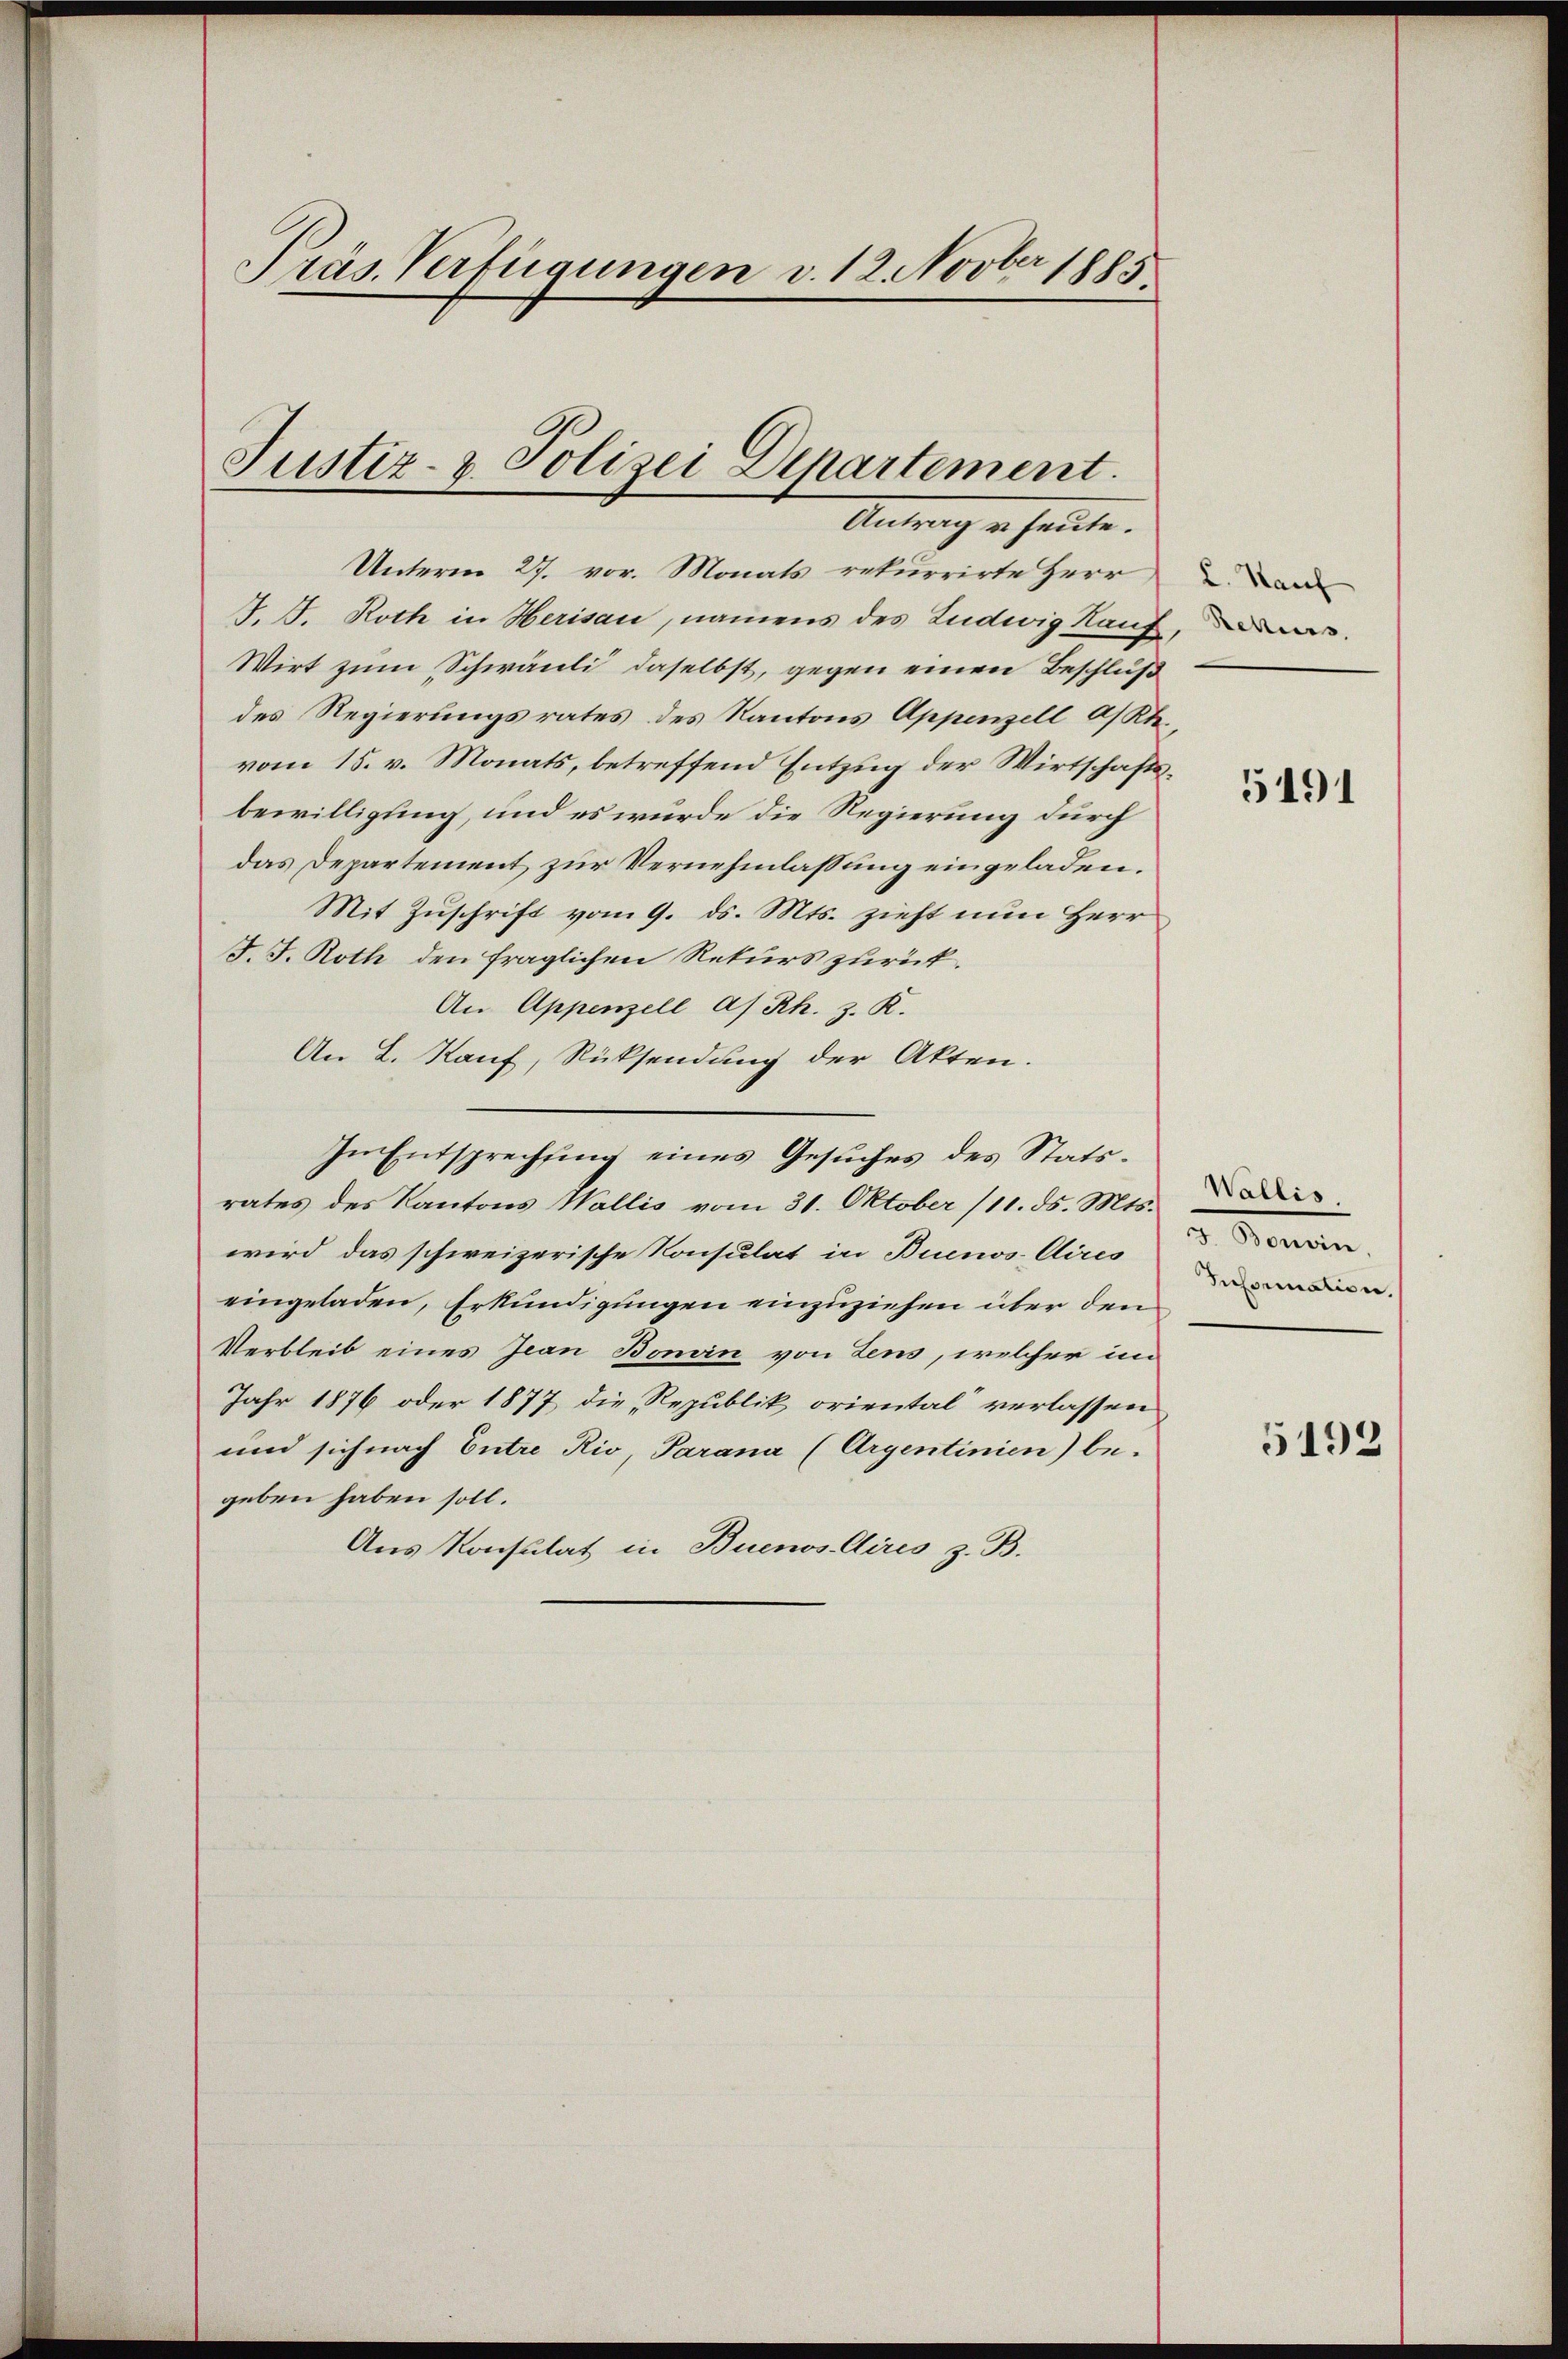
Präs. Verfügungen v. 12. Novber 1885

Justiz- & Polizei Departement.
Antrag u. heute.

Unterm 27. vor. Monats rekurrirte Herr
J. J. Roth in Herisau, namens des Ludwig Hauf
Wirt zum Schwäuli, daselbst, gegen einen Beschluß
des Regierungsrates des Kantons Appenzell a/Rh.
vom 15. v. Monats, betreffend Entzug der Wirtschaftsbewilligung, und es wurde die Regierung durch
das Departement zur Vernehmlassung eingeladen.
Mit Zuschrift vom 9. ds. Mts. zieht nun Herr
J. J. Roth den fraglichen Rekurs zurück.
An Appenzell A/Rh. z. R.
An L. Kauf, Rücksendung der Akten.
In Entsprechung eines Gesuches des Statsrates des Kantons Wallis vom 31. Oktober (11. ds. Mts.
wird das schweizerische Konsulat in Buenos Aires
eingeladen, Erkundigungen einzuziehen über den
Verbleib eines Jean Bonein von Zens, welcher im
Jahr 1876 oder 1877 die Republik oriental verlassen
und sich nach Entre Rio, Parana (Argentinien) begeben haben soll.
Aus Konsulat in Buenos Aires z. B.

L. Kauf
Rekurs

5191

Wallis.
Senten.
Information.

5192